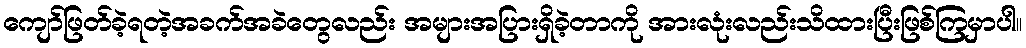
ကျော်ဖြတ်ခဲ့ရတဲ့အခက်အခဲတွေလည်း အများအပြားရှိခဲ့တာကို အားလုံးလည်းသိထားပြီးဖြစ်ကြမှာပါ။